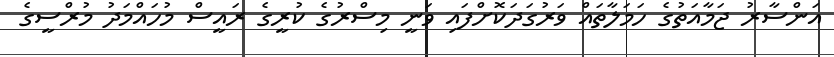
އަންސާރު ޖަމާއަތުގެ ހަމަލާތައް ވަރުގަދަކޮށްފައި ވަނީ މިސްރުގެ ކުރީގެ ރައީސް މުހައްމަދު މުރްސީގެ